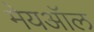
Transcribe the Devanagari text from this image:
मेयऑल